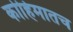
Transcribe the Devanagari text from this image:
कोहिमातच